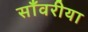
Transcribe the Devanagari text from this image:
साँवरीया